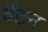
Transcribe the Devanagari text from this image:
वैंटन